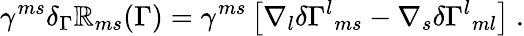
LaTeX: \gamma^{ms}\delta_{\Gamma}\mathbb{R}_{ms}(\Gamma)=\gamma^{ms}\left[\nabla_{l}\delta\Gamma^{l}{}_{ms}-\nabla_{s}\delta\Gamma^{l}{}_{ml}\right]\ .